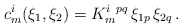
\begin{align*}c^i_m(\xi_1,\xi_2)= K^{i~pq}_m\,\xi_{1p}\,\xi_{2q}\,. \end{align*}